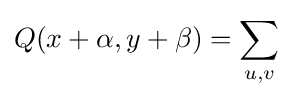
Q(x+\alpha ,y+\beta )=\sum _{u,v}